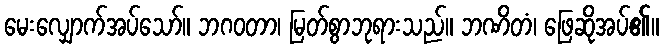
မေးလျှောက်အပ်သော်။ ဘဂဝတာ၊ မြတ်စွာဘုရားသည်။ ဘဏိတံ၊ ဖြေဆိုအပ်၏။